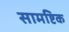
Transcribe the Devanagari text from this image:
सामष्टिक